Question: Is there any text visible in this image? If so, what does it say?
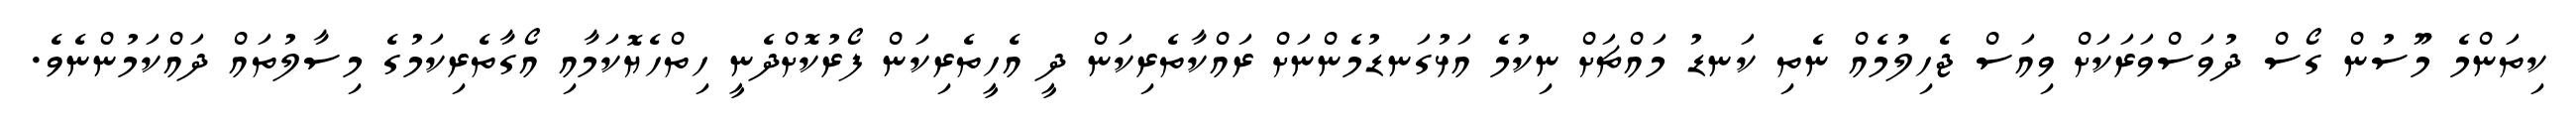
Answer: ކިތަންމެ މޫސުން ގޯސް ދުވަސްވަރަކަށް ވިއަސް ޖެހިލުމެއް ނެތި ކަނޑު މައްޗަށް ނިކުމެ އަޅުގަނޑުމެންނަށް ރައްކާތެރިކަން ދީ އެހީތެރިކަން ފޯރުކޮށްދެނީ ހިތްހެޔޮކަމާއި އޯގާތެރިކަމުގެ މިސާލުތައް ދައްކަމުންނެވެ.